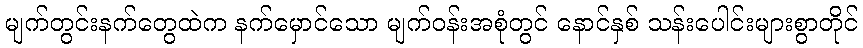
မျက်တွင်းနက်တွေထဲက နက်မှောင်သော မျက်ဝန်းအစုံတွင် နောင်နှစ် သန်းပေါင်းများစွာတိုင်